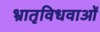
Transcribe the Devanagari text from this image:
भ्रातृविधवाओं